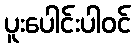
ပူးပေါင်းပါဝင်